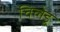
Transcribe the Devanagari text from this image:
चिलेडू